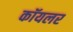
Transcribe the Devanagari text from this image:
कॉयलर